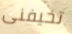
تخيفنى